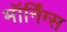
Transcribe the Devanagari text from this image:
मॉर्निंग्स